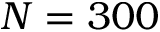
N = 3 0 0